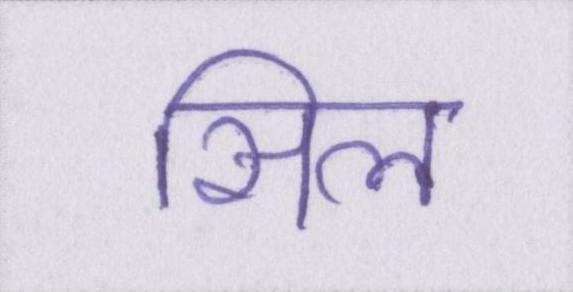
सिल